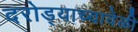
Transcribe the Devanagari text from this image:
दरोड्याच्यावेळी